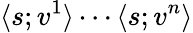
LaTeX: \langle s;v^{1}\rangle\cdots\langle s;v^{n}\rangle